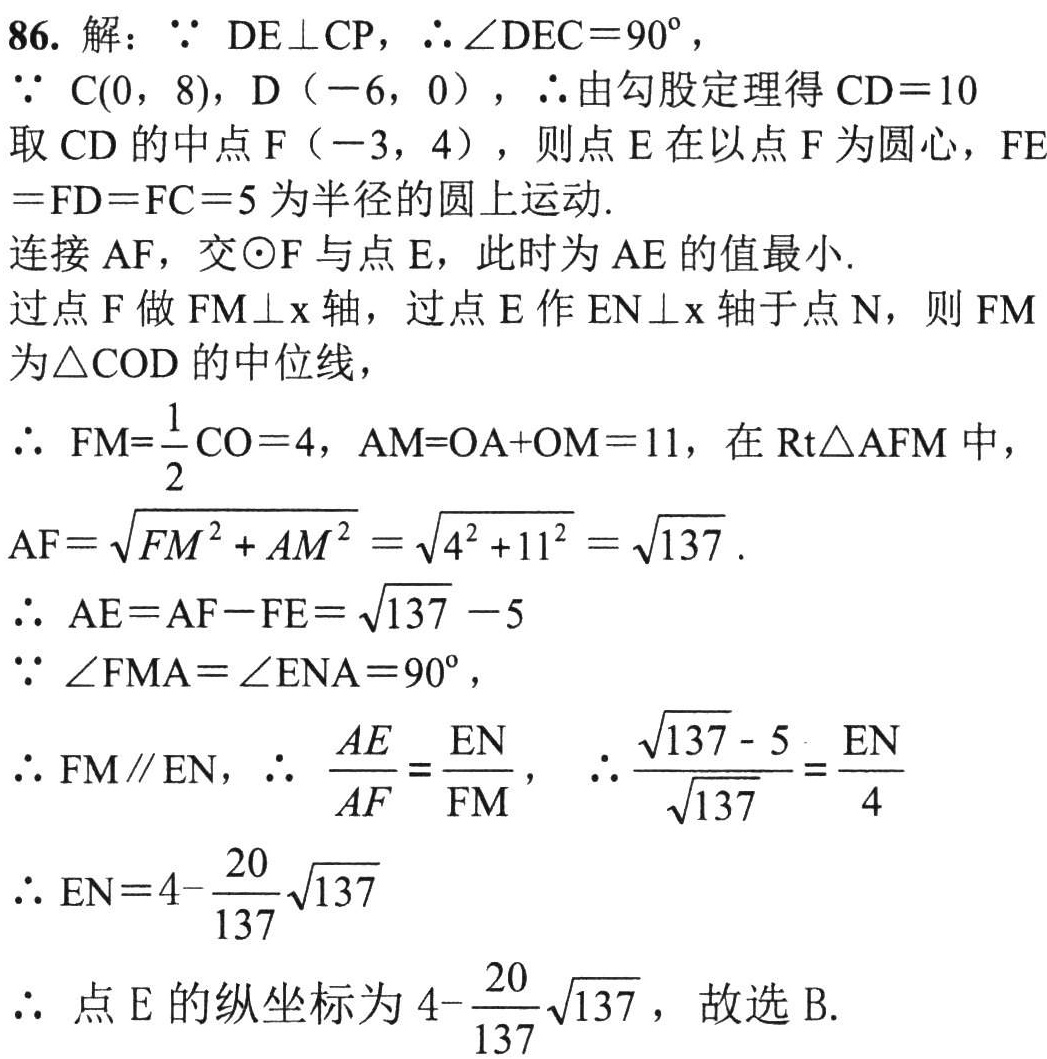
86. 解：\(\because DE\perp CP\)，\(\therefore\angle DEC = 90^{\circ}\)，
\(\because C(0, 8)\)，\(D(-6, 0)\)，\(\therefore\)由勾股定理得\(CD = 10\)
取\(CD\)的中点\(F(-3, 4)\)，则点\(E\)在以点\(F\)为圆心，\(FE=FD = FC = 5\)为半径的圆上运动.
连接\(AF\)，交\(\odot F\)与点\(E\)，此时为\(AE\)的值最小.
过点\(F\)做\(FM\perp x\)轴，过点\(E\)作\(EN\perp x\)轴于点\(N\)，则\(FM\)为\(\triangle COD\)的中位线，
\(\therefore FM=\frac{1}{2}CO = 4\)，\(AM = OA + OM = 11\)，在\(Rt\triangle AFM\)中，
\(AF=\sqrt{FM^{2}+AM^{2}}=\sqrt{4^{2}+11^{2}}=\sqrt{137}\).
\(\therefore AE = AF - FE=\sqrt{137}-5\)
\(\because\angle FMA=\angle ENA = 90^{\circ}\)，
\(\therefore FM\parallel EN\)，\(\therefore \frac{AE}{AF}=\frac{EN}{FM}\)，\(\therefore\frac{\sqrt{137}-5}{\sqrt{137}}=\frac{EN}{4}\)
\(\therefore EN = 4-\frac{20}{137}\sqrt{137}\)
\(\therefore\)点\(E\)的纵坐标为\(4-\frac{20}{137}\sqrt{137}\)，故选B.